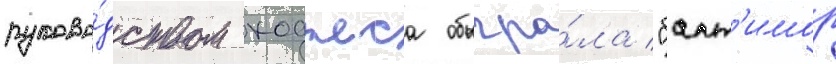
руково́дством ходжеса обыгра́ла "балт'имор